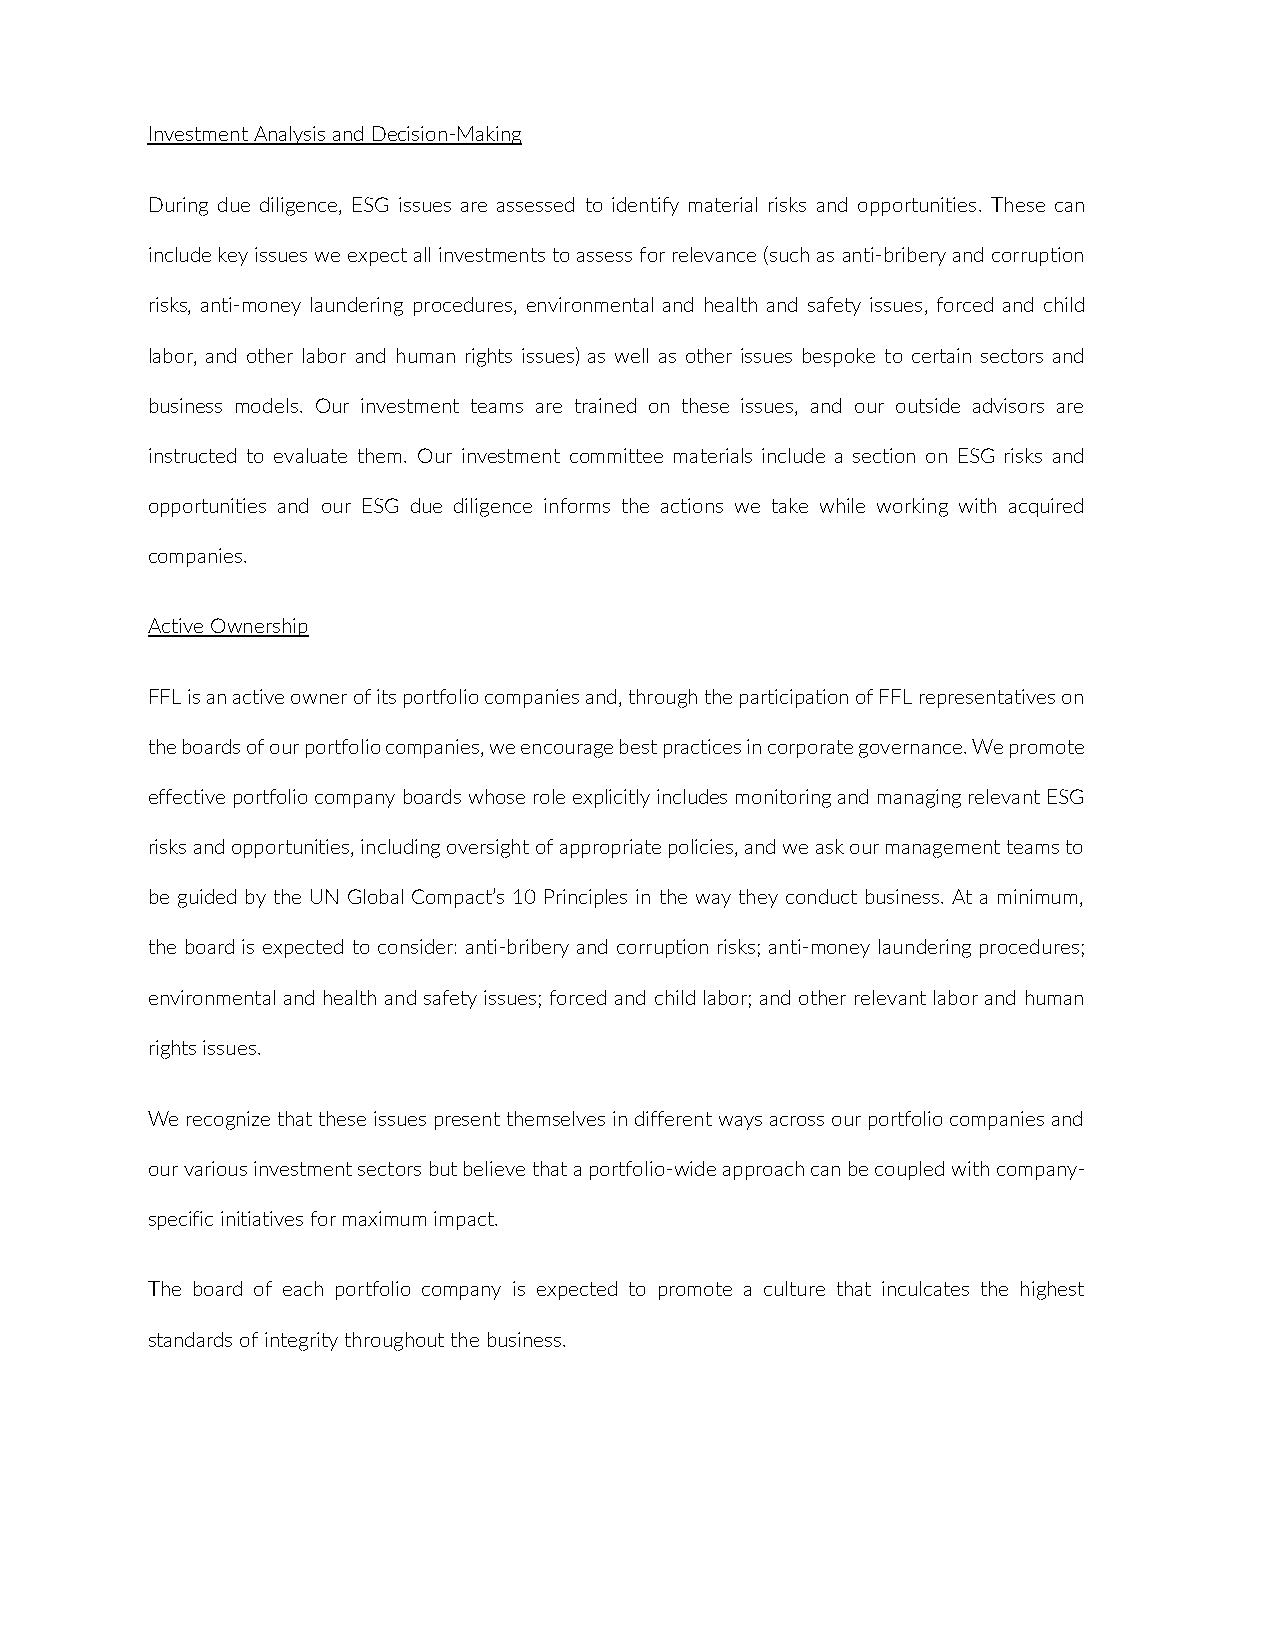
Investment Analysis and Decision-Making
 During due diligence, ESG issues are assessed to identify material risks and opportunities. These can
 include key issues we expect all investments to assess for relevance (such as anti-bribery and corruption
 risks, anti-money laundering procedures, environmental and health and safety issues, forced and child
 labor, and other labor and human rights issues) as well as other issues bespoke to certain sectors and
 business models. Our investment teams are trained on these issues, and our outside advisors are
 instructed to evaluate them. Our investment committee materials include a section on ESG risks and
 opportunities and our ESG due diligence informs the actions we take while working with acquired
 companies.
 Active Ownership
 FFL is an active owner of its portfolio companies and, through the participation of FFL representatives on
 the boards of our portfolio companies, we encourage best practices in corporate governance. We promote
 effective portfolio company boards whose role explicitly includes monitoring and managing relevant ESG
 risks and opportunities, including oversight of appropriate policies, and we ask our management teams to
 be guided by the UN Global Compact’s 10 Principles in the way they conduct business. At a minimum,
 the board is expected to consider: anti-bribery and corruption risks; anti-money laundering procedures;
 environmental and health and safety issues; forced and child labor; and other relevant labor and human
 rights issues.
 We recognize that these issues present themselves in different ways across our portfolio companies and
 our various investment sectors but believe that a portfolio-wide approach can be coupled with company-
 specific initiatives for maximum impact.
 The board of each portfolio company is expected to promote a culture that inculcates the highest
 standards of integrity throughout the business.